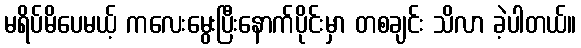
မရိပ်မိပေမယ့် ကလေးမွေးပြီးနောက်ပိုင်းမှာ တစချင်း သိလာ ခဲ့ပါတယ်။